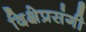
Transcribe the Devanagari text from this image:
दिक्षेप्रसंगी